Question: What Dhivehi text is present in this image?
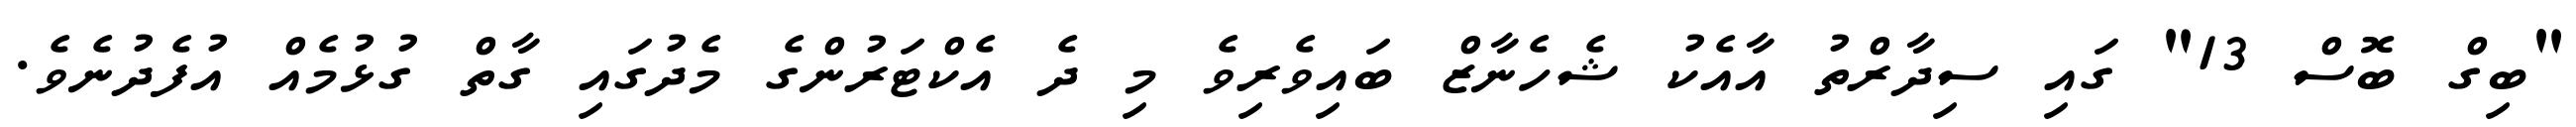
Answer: "ބިގް ބޮސް 13" ގައި ސިދާރްތު އާއެކު ޝެހެނާޒް ބައިވެރިވެ މި ދެ އެކްޓަރުންގެ މެދުގައި ގާތް ގުޅުމެއް އުފެދުނެވެ.